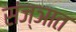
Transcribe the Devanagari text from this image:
संज्ञात